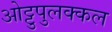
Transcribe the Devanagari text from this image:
ओट्टुपुलक्कल